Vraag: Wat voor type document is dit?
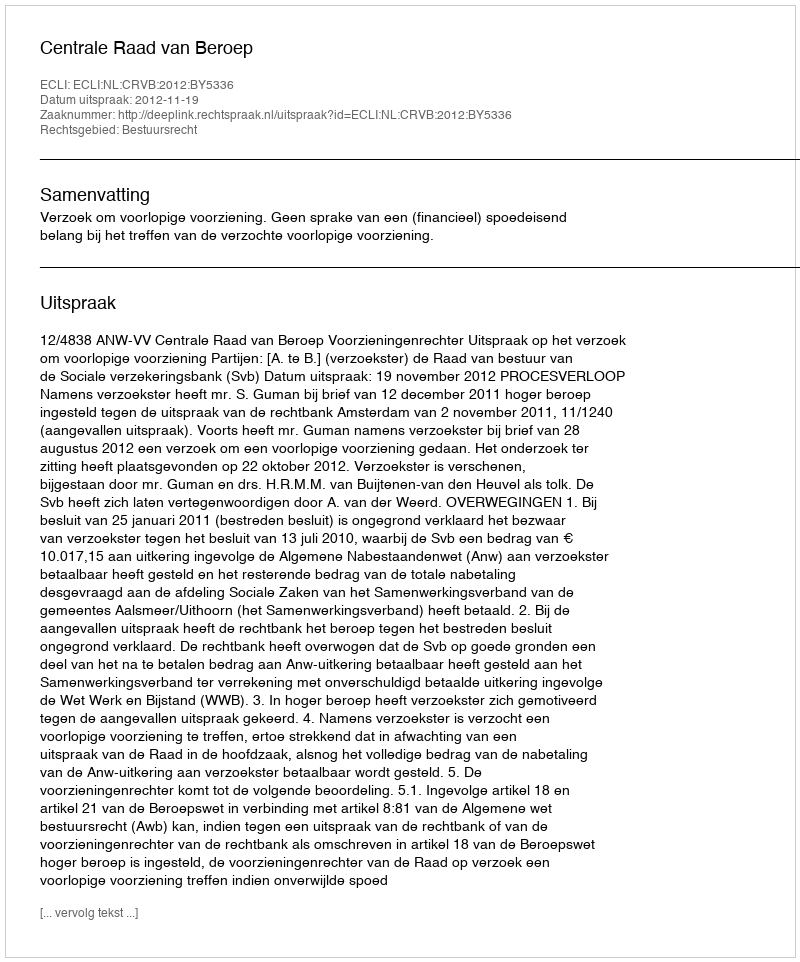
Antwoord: Uitspraak